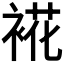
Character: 𮖏